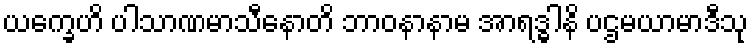
ယက္ခေဟိ ပါသာဏမာသီနောတိ ဘာဝနာနာမ အာရဒ္ဓါနိ ပဌမယာမာဒီသု